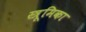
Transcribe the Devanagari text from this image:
स्त्रूमिका